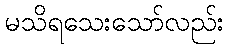
မသိရသေးသော်လည်း